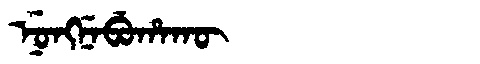
Manchu: ᠨᡠᠩᠨᡝᠪᡠᡥᠠᡴᡡ
Romanization: NUNGNEBUHAKŪ